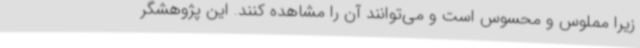
زیرا مملوس و محسوس است و می‌توانند آن را مشاهده کنند. این پژوهشگر